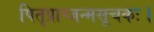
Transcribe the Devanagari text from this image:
पितृप्राग्जन्मसूचकः।